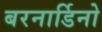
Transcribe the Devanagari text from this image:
बरनार्डिनो